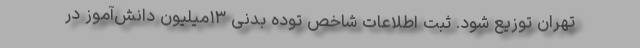
تهران توزیع شود. ثبت اطلاعات شاخص توده بدنی ۱۳میلیون دانش‌آموز در